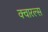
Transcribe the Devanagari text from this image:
क्वारल्स